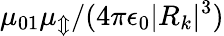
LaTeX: \mu_{01}\mu_{\Updownarrow}/(4\pi\epsilon_{0}|R_{k}|^{3})